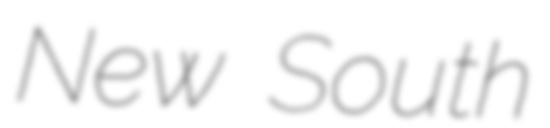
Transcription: New South